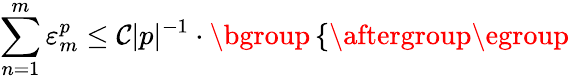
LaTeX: \sum_{n=1}^{m}\varepsilon_{m}^{p}\leq\mathcal{C}|p|^{-1}\cdot\mathopen{}\mathclose\bgroup\left\{ \begin{array}{rlr}\end{array}\aftergroup\egroup\right.